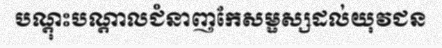
បណ្តុះបណ្តាលជំនាញកែសម្ផស្សដល់យុវជន